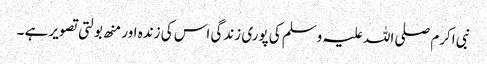
نبی اکرم صلی اللہ علیہ وسلم کی پوری زندگی اس کی زندہ اور منھ بولتی تصویر ہے ۔